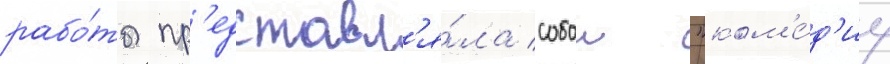
рабо́ты пр'едставл'я́ла собои "ком'е́д'иу